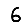
Digit: 6